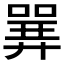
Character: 𱔈